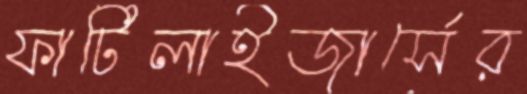
ফার্টিলাইজার্সের